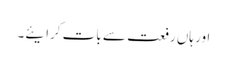
اور ہاں رفعت سے بات کرایئے۔